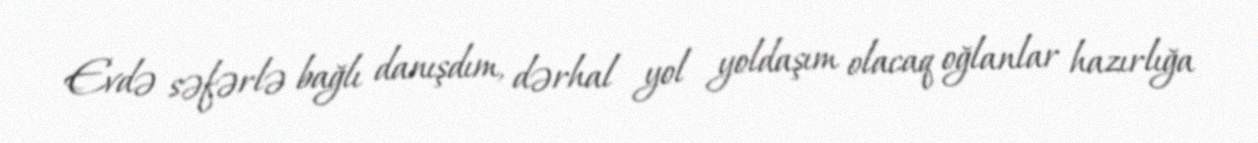
Evdə səfərlə bağlı danışdım, dərhal yol yoldaşım olacaq oğlanlar hazırlığa